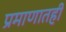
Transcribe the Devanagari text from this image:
प्रमाणातही